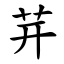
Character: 茾